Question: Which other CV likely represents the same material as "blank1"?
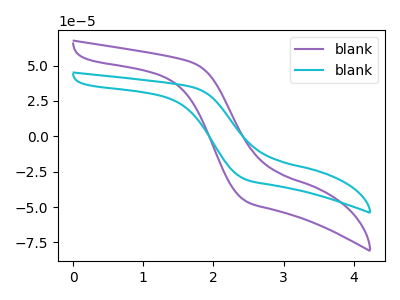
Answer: <think>The purple curve "blank1" has no peaks. The cyan curve "blank2" has no peaks.
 Neither "blank1" or "blank2" have any peaks.</think>
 <answer>The CV with the most similar shape to "blank2" is "blank1".</answer>
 <eval>"blank1"</eval>